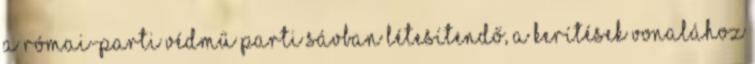
A római-parti védmű parti sávban létesítendő, a kerítések vonalához